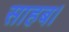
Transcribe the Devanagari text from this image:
साहब।